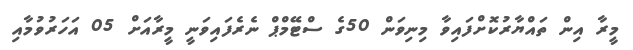
މީރާ އިން ތައްޔާރުކޮށްފައިވާ މިނިވަން 50ގެ ސްޓޭމްޕް ނެރެފައިވަނީ މީރާއަށް 05 އަހަރުވުމާއި